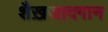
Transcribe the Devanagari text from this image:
शैख़जादगान